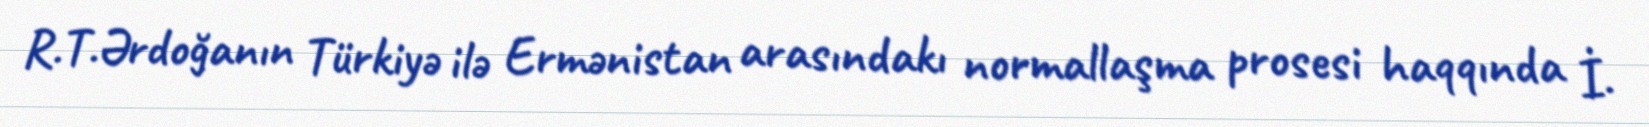
R.T.Ərdoğanın Türkiyə ilə Ermənistan arasındakı normallaşma prosesi haqqında İ.